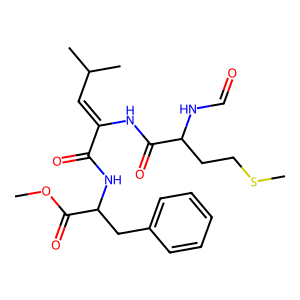
SMILES: COC(=O)C(Cc1ccccc1)NC(=O)C(=CC(C)C)NC(=O)C(CCSC)NC=O
Inhibits HIV replication: No